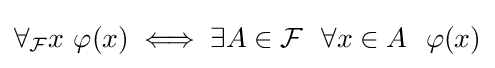
\forall _{\mathcal {F}}x\ \varphi (x)\iff \exists A\in {\mathcal {F}}\ \ \forall x\in A\ \ \varphi (x)